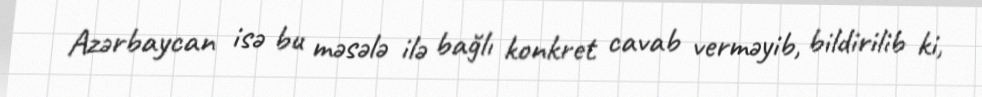
Azərbaycan isə bu məsələ ilə bağlı konkret cavab verməyib, bildirilib ki,